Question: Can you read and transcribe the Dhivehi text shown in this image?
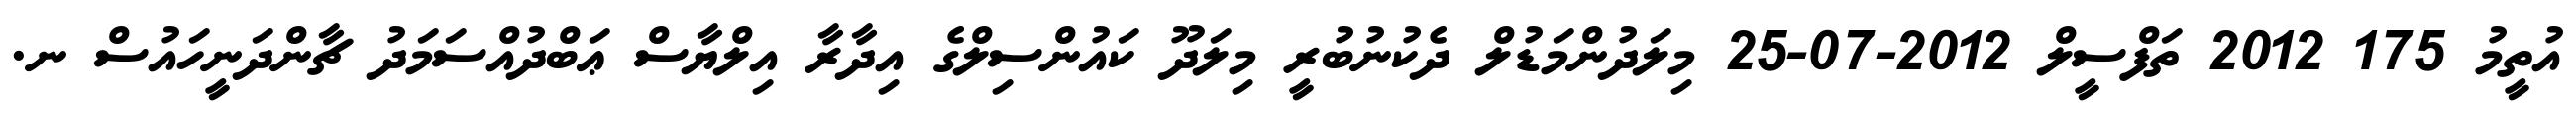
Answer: އުތީމު 175 2012 ތަފްސީލް 2012-07-25 މިލަދުންމަޑުލް ދެކުނުބުރީ މިލަދޫ ކައުންސިލްގެ އިދާރާ އިލްޔާސް ޢަބްދުއްސަމަދު ޗާންދަނީހައުސް ނ.